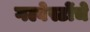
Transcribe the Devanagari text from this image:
गल्वेस्टोंचे